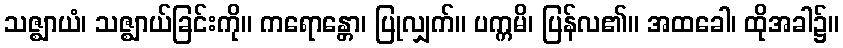
သဇ္ဈာယံ၊ သဇ္ဈာယ်ခြင်းကို။ ကရောန္တော၊ ပြုလျှက်။ ပက္ကမိ၊ ပြန်လ၏။ အထခေါ၊ ထိုအခါ၌။